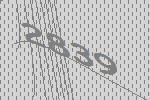
2839